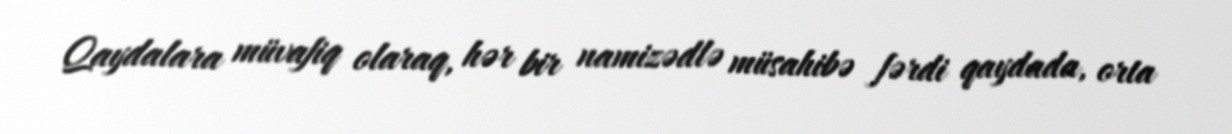
Qaydalara müvafiq olaraq, hər bir namizədlə müsahibə fərdi qaydada, orta